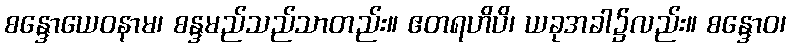
စန္ဒောယေဝနာမ၊ စန္ဒမည်သည်သာတည်း။ ဧတရဟိပိ၊ ယခုအခါ၌လည်း။ စန္ဒောဝ၊